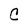
Character: C